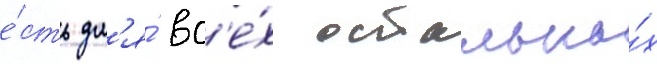
е́сть дл'я́ вс'е́х остальны́х